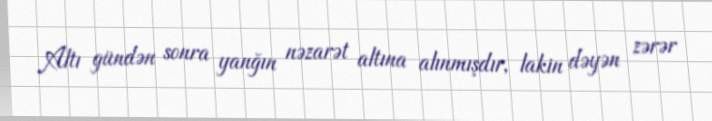
Altı gündən sonra yanğın nəzarət altına alınmışdır, lakin dəyən zərər